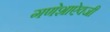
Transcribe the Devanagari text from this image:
गणेशाऐवजी